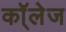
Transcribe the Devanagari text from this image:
कॉ्लेज